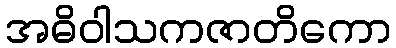
အဓိဝါသကဇာတိကော